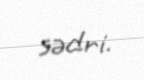
sədri.